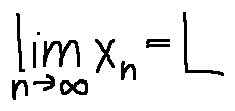
\lim \limits _ { n \rightarrow \infty } x _ { n } = L